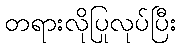
တရားလိုပြုလုပ်ပြီး